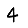
Digit: 4